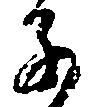
子